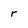
Character: r